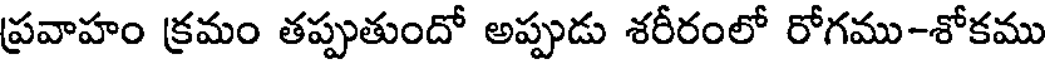
ప్రవాహం క్రమం తప్పుతుందో అప్పుడు శరీరంలో రోగము-శోకము